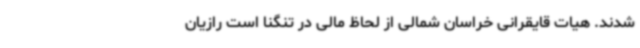
شدند. هیات قایقرانی خراسان شمالی از لحاظ مالی در تنگنا است رازیان